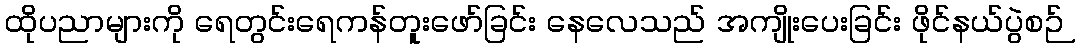
ထိုပညာများကို ရေတွင်းရေကန်တူးဖော်ခြင်း နေလေသည် အကျိုးပေးခြင်း ဖိုင်နယ်ပွဲစဉ်